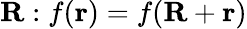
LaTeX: \mathbf{R}:f(\mathbf{r})=f(\mathbf{R}+\mathbf{r})